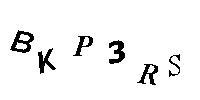
BKP3RS